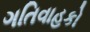
ગતિવાહકો